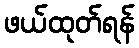
ဖယ်ထုတ်ရန်